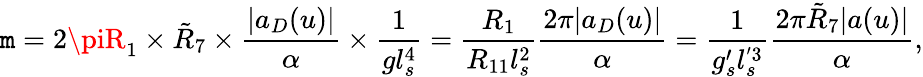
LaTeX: \mathtt{m}=2\piR_{1}\times\tilde{{R}}_{7}\times{\frac{{|a_{D}(u)|}}{{\alpha}}}\times{\frac{{1}}{{gl_{s}^{4}}}}={\frac{{R_{1}}}{{R_{11}l_{s}^{2}}}}{\frac{{2\pi|a_{D}(u)|}}{{\alpha}}}={\frac{{1}}{{g_{s}^{\prime}l_{s}^{'3}}}}{\frac{{2\pi\tilde{{R}}_{7}|a(u)|}}{{\alpha}}},